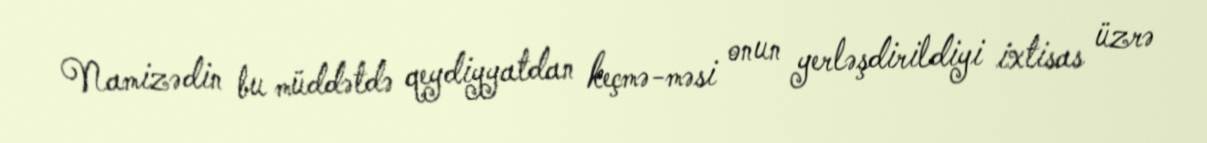
Namizədin bu müddətdə qeydiyyatdan keçmə­məsi onun yerləşdirildiyi ixtisas üzrə